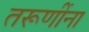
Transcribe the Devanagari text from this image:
तरूणींना